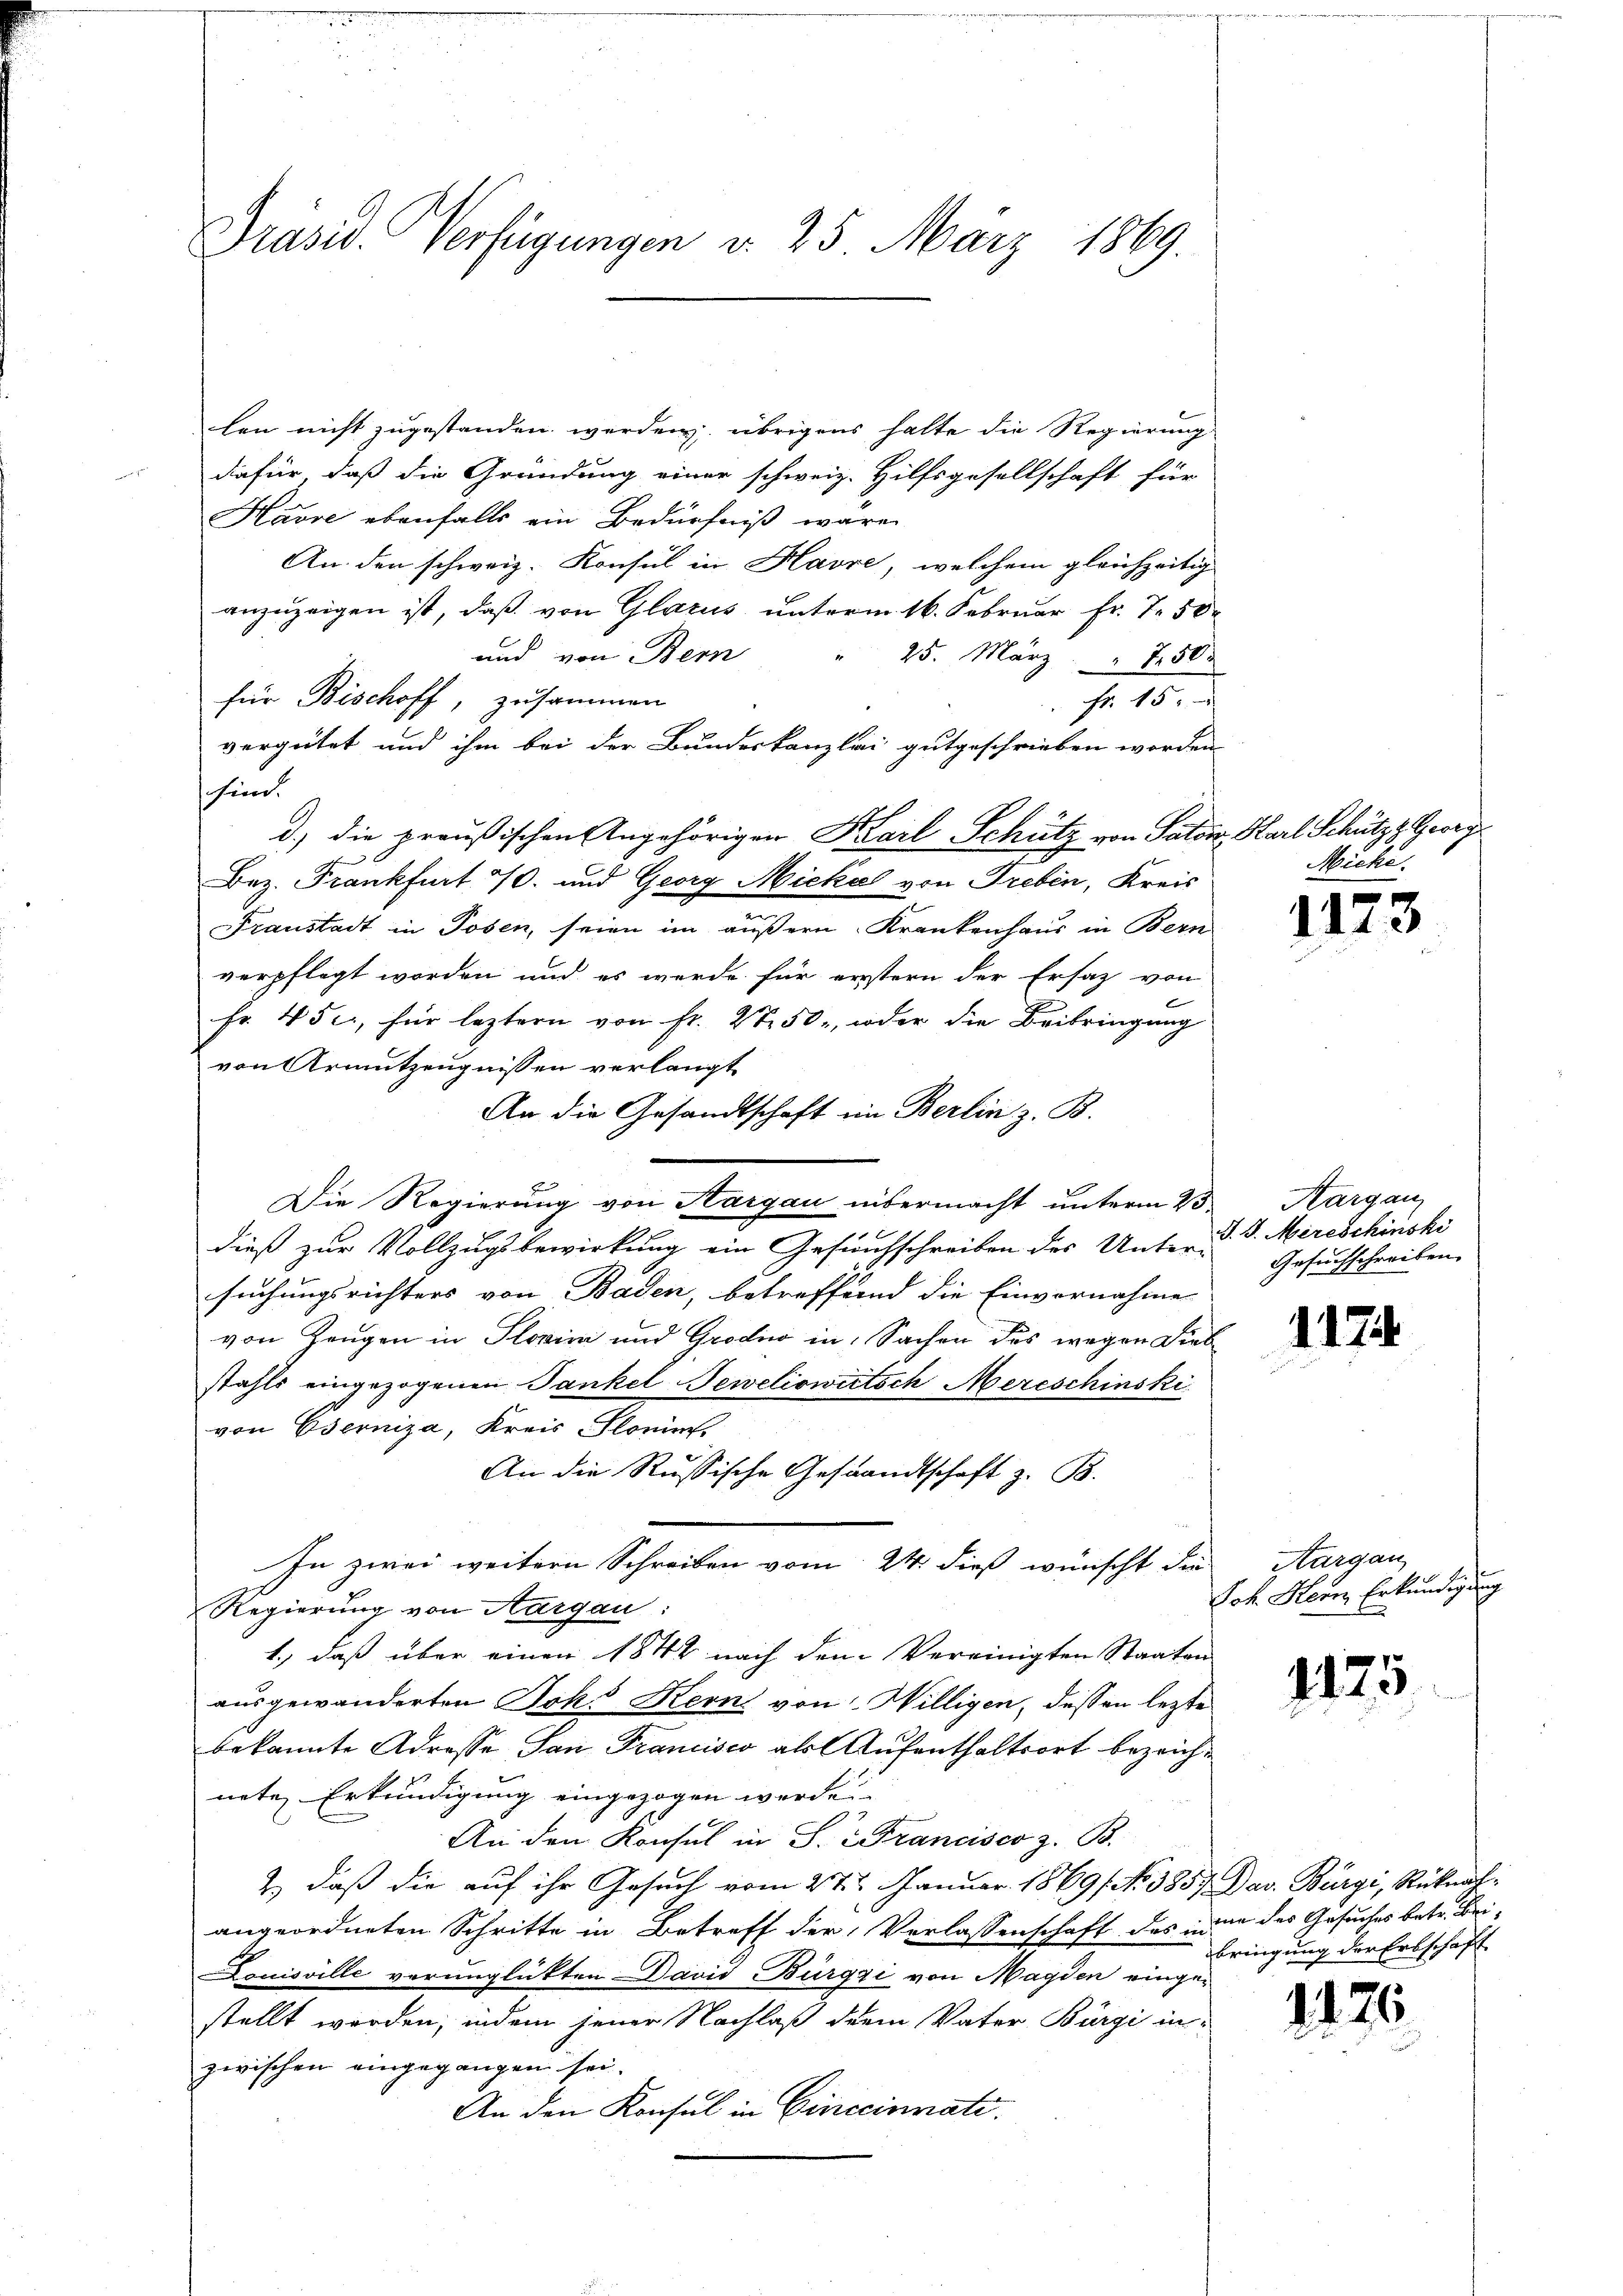
Präsid. Verfügungen d. 25 März 1869.

len nicht zugestanden werden, übrigens halte die Regierung
dafür, daß die Gründung einer schweiz. Hilfsgesellschaft für
Havre ebenfalls ein Bedürfniß wäre
An: den schweiz. Konsul in Havre, welchem gleichzeitig
anzuzeigen ist, daß von Glarus unterm 16. Februar Fr. 7. 50
und von Bern
25. März 250
für Bischoff, zusammen
Fr. 15.
vergütet und ihm bei der Bundeskanzlei gutgeschrieben worden.
schien.
d.) die preußischen Angehörigen Karl Schütz von Salon
Bez. Frankfurt 7. und Georg Mickel von Treben, Kreis
Franstadt in Posen, seien im äußern Krankenhaus in Bern
verpflegt worden und es werde für erstern der Ersatz von
Fr. 45 c., für leztern von Fr. 2750, oder die Beibringung
von Armutzeugnissen verlangt
An die Gesandtschaft im Berlin z. B.
Die Regierung von Hargau intermacht unterm 23. Aargau
dieß zur Vollzugsbewirkung ein Gesuchschreiben des Untersuchungsrichters von Baden, betreffend die Einvernahme
von Zeugen in Slovini und Grodio in Sachen des wegen Dieb
stahls eingezogenen Pankel Teweliowitsch Mercschinski
von Oserniza, Kreis-Flonis.
An die Russische Gestandtschaft z. B.
In zwei weitern Schreiben vom 24. dieß wünscht die
Regierung von Aargau:
1.) daß über einen 1842 nach dem Vereinigten Staaten
ausgewanderten Joks Kern von Willigen, dessen lezte
bekannte Adresse San Francisco als Aufenthaltsort bezeichnete Erkundigung eingezogen werde.
An den Konsul in S. Francisco z. B.
2.) daß die auf ihr Gesuch vom 27. Januar 1869 No 1857. Dav. Bürgi, Rücknah-
angeordneten Schritte in Betreff der Verlassenschaft des eine des Gesuches betr. Bei¬
Douisville verunglückten David Bürgi von Magden eingestellt worden, indem jener Nachlaß der Vater Bürgi in-
zwischen eingegangen sei.
An den Konsul in Cinccinnate.

v. Karl Schützt Georg
Miche.

1123

J. J. Mereschinski
Gesuchschreiben.

1124

Aargau,
Joh. Herr Erkundigung

1125.

bringung der Erbschaff

126